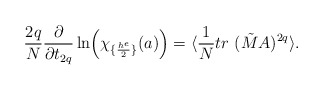
\begin{align*}{2q\over N}{\partial\over \partial t_{2q}}\ln\Bigl(\chi_{\{{h^e\over 2}\}}(a)\Bigr)=\langle {1\over N} tr~(\tilde M A)^{2q} \rangle.\end{align*}